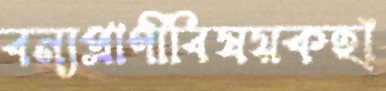
বন্যপ্রাণীবিষয়কহাঁ